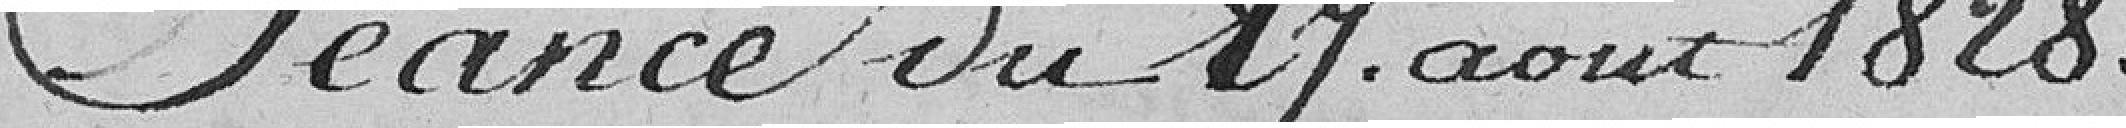
Séance du 27 août 1828